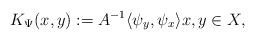
\begin{align*} K_\Psi(x,y) := A^{-1}\langle \psi_y,\psi_x \rangle x,y\in X, \end{align*}